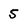
Character: 5